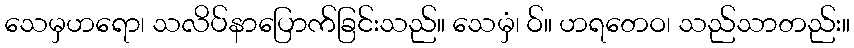
သေမှဟရော၊ သလိပ်နာပြောက်ခြင်းသည်။ သေမှံ၊ ဝ်။ ဟရတေဝ၊ သည်သာတည်း။